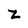
Character: Z